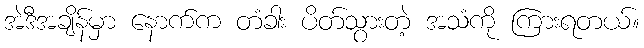
အဲဒီအချိန်မှာ နောက်က တံခါး ပိတ်သွားတဲ့ အသံကို ကြားရတယ်။